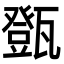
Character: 㽅